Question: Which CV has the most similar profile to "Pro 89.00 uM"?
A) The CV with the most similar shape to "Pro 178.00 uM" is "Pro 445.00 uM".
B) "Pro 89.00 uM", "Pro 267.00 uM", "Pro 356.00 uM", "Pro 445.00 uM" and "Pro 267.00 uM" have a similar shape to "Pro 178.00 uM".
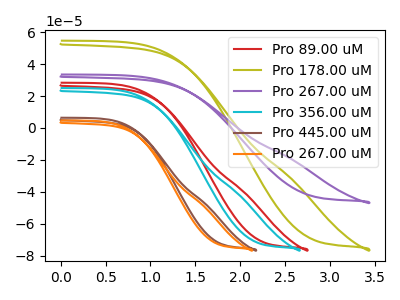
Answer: <think>The red curve "Pro 89.00 uM" has no peaks. The olive curve "Pro 178.00 uM" has no peaks. The purple curve "Pro 267.00 uM" has no peaks. The cyan curve "Pro 356.00 uM" has no peaks. The brown curve "Pro 445.00 uM" has no peaks. The orange curve "Pro 267.00 uM" has no peaks.
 Neither "Pro 89.00 uM" or "Pro 178.00 uM" have any peaks. Neither "Pro 89.00 uM" or "Pro 267.00 uM" have any peaks. Neither "Pro 89.00 uM" or "Pro 356.00 uM" have any peaks. Neither "Pro 89.00 uM" or "Pro 445.00 uM" have any peaks. Neither "Pro 89.00 uM" or "Pro 267.00 uM" have any peaks. Neither "Pro 178.00 uM" or "Pro 267.00 uM" have any peaks. Neither "Pro 178.00 uM" or "Pro 356.00 uM" have any peaks. Neither "Pro 178.00 uM" or "Pro 445.00 uM" have any peaks. Neither "Pro 178.00 uM" or "Pro 267.00 uM" have any peaks. Neither "Pro 267.00 uM" or "Pro 356.00 uM" have any peaks. Neither "Pro 267.00 uM" or "Pro 445.00 uM" have any peaks. Neither "Pro 267.00 uM" or "Pro 267.00 uM" have any peaks. Neither "Pro 356.00 uM" or "Pro 445.00 uM" have any peaks. Neither "Pro 356.00 uM" or "Pro 267.00 uM" have any peaks. Neither "Pro 445.00 uM" or "Pro 267.00 uM" have any peaks.</think>
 <answer>B) "Pro 89.00 uM", "Pro 267.00 uM", "Pro 356.00 uM", "Pro 445.00 uM" and "Pro 267.00 uM" have a similar shape to "Pro 178.00 uM".</answer>
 <eval>B</eval>